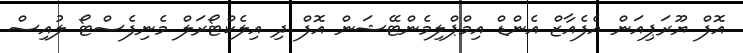
އޮފް ޔޫރަޕިއަން އެފެއާޒް އެންޑް އިމްޕްލިމެންޓޭޝަން އޮފް ދި އިލެކްޓޯރަލް މެނިފެސްޓޯ ލުއިސް